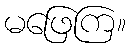
မဖြေကြ။